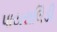
પાયરાલિડી